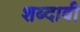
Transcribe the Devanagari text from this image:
शब्दावी